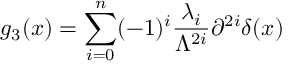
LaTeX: g _ { 3 } ( x ) = \sum _ { i = 0 } ^ { n } ( - 1 ) ^ { i } \frac { \lambda _ { i } } { \Lambda ^ { 2 i } } \partial ^ { 2 i } \delta ( x ) \,